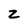
Character: z